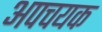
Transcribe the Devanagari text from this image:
अपचयक